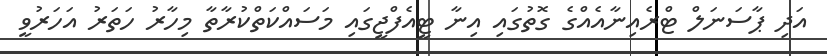
އަދި ޕާސަނަލް ޓްރެއިނާއެއްގެ ގޮތުގައި އިނާ ޓީއެފްޖީގައި މަސައްކަތްކުރާތާ މިހާރު ހަތަރު އަހަރުވީ